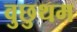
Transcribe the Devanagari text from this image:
वुछुथम